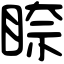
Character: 𥇧